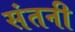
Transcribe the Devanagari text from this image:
संतनी